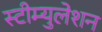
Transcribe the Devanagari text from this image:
स्टीम्युलेशन